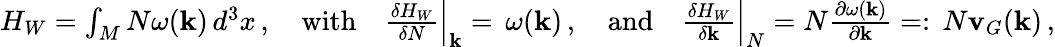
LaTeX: \begin{array}{r}{H_{W}=\int_{M}N\omega({\mathbf{k}})\, d^{3}x\, ,\quad\mathrm{with}\quad\frac{\delta H_{W}}{\delta N}\Big|_{{\mathbf{k}}}=\, \omega({\mathbf{k}})\, ,\quad\mathrm{and}\quad\frac{\delta H_{W}}{\delta{\mathbf{k}}}\Big|_{N}=N\frac{\partial\omega({\mathbf{k}})}{\partial{\mathbf{k}}}=:\, N{\mathbf{v}}_{G}({\mathbf{k}})\, ,}\end{array}